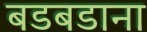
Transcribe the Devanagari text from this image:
बडबडाना